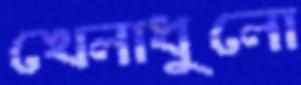
খেলাধুলো